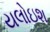
યલોઇશ